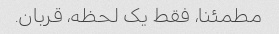
مطمئنا، فقط یک لحظه، قربان.